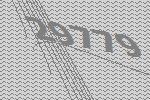
29779